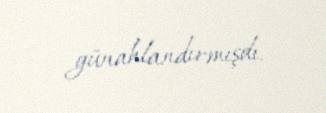
günahlandırmışdı.